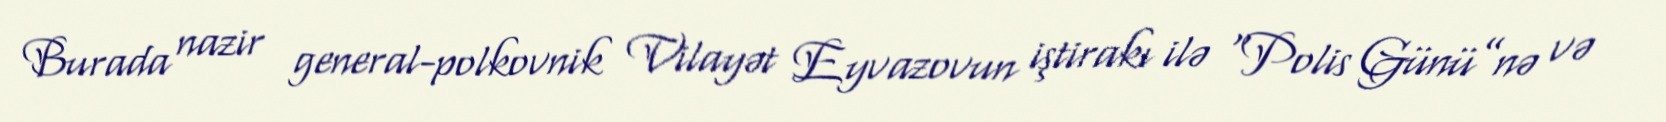
Burada nazir general-polkovnik Vilayət Eyvazovun iştirakı ilə “Polis Günü”nə və